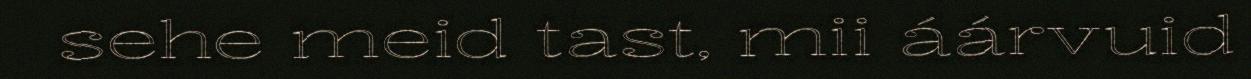
sehe meid tast, mii áárvuid